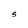
Character: S